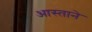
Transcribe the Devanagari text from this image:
आस्ताने